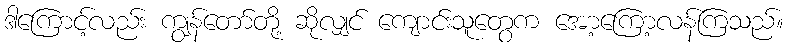
ဒါကြောင့်လည်း ကျွန်တော်တို့ ဆိုလျှင် ကျောင်းသူတွေက အော့ကြော့လန်ကြသည်။